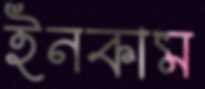
ইনকাম